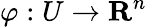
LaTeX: \varphi:U\to{\mathbf{R}}^{n}